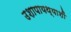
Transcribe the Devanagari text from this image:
उशापायथ्याशीं